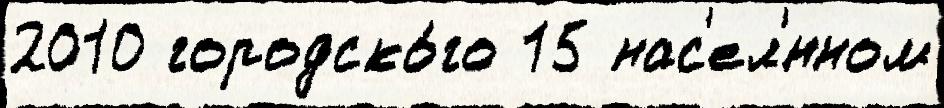
2010 городско́го 15 нас'ел'́нном